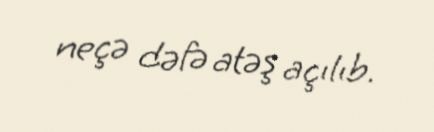
neçə dəfə atəş açılıb.